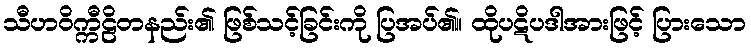
သီဟဝိက္ကီဠိတနည်း၏ ဖြစ်သင့်ခြင်းကို ပြအပ်၏။ ထိုပဋိပဒါအားဖြင့် ပြားသော